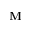
\mathbf M